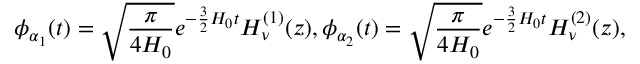
\phi _ { \alpha _ { 1 } } ( t ) = \sqrt { \frac { \pi } { 4 H _ { 0 } } } e ^ { - \frac { 3 } { 2 } H _ { 0 } t } H _ { \nu } ^ { ( 1 ) } ( z ) , \phi _ { \alpha _ { 2 } } ( t ) = \sqrt { \frac { \pi } { 4 H _ { 0 } } } e ^ { - \frac { 3 } { 2 } H _ { 0 } t } H _ { \nu } ^ { ( 2 ) } ( z ) ,